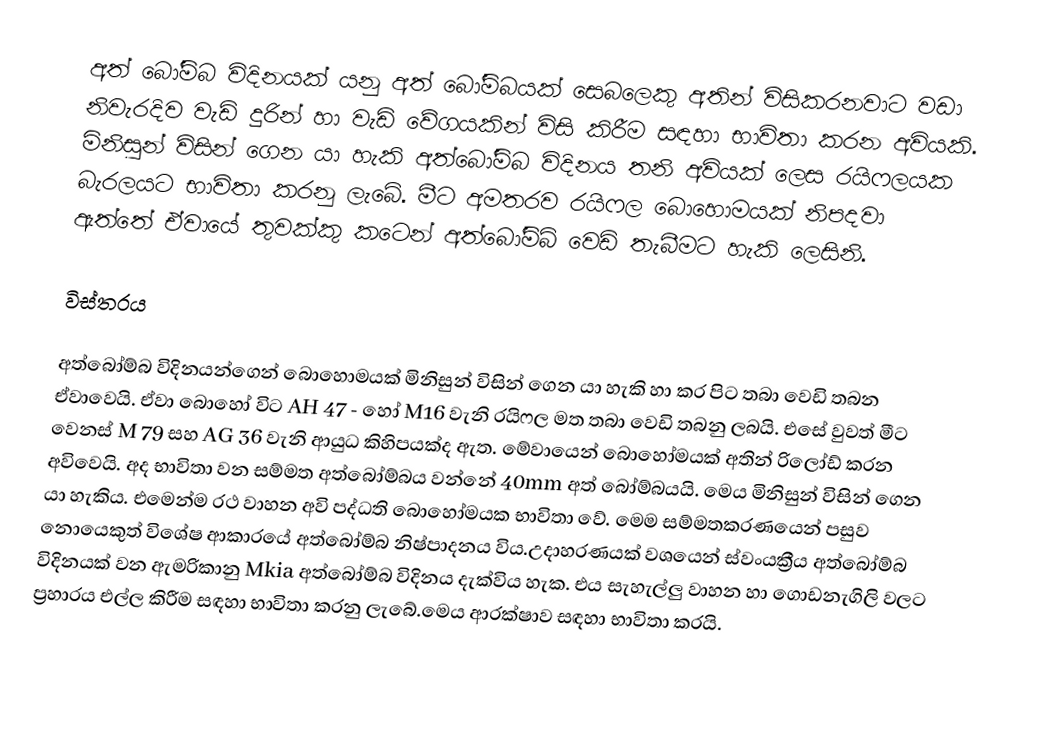
අත් බෝම්බ විදිනයක් යනු අත් බෝම්බයක් සෙබලෙකු අතින් විසිකරනවාට වඩා නිවැරදිව වැඩි දුරින් හා වැඩි ‍වේගයකින් විසි කිරීම සඳහා භාවිතා කරන අවියකි. මිනිසුන් විසින් ගෙන යා හැකි අත්බෝම්බ විදිනය තනි අවියක් ලෙස රයිෆලයක බැරලයට භාවිතා කරනු ලැබේ. මීට අමතරව රයිෆල බොහොමයක් නිපදවා ඇත්තේ ඒවායේ තුවක්කු කටෙන් අත්බෝම්බ් ‍වෙඩි තැබීමට හැකි ලෙසිනි.

විස්තරය

අත්බෝම්බ විදිනයන්ගෙන් බොහොමයක් මිනිසුන් විසින් ගෙන යා හැකි හා කර පිට තබා වෙඩි තබන ඒවාවෙයි. ඒවා බොහෝ විට AH 47 - හෝ M16 වැනි රයිෆල මත තබා වෙඩි තබනු ලබයි. එසේ වුවත් මීට වෙනස් M 79 සහ  AG 36 වැනි ආයුධ කිහිපයක්ද ඇත. මේවායෙන් ‍බොහෝමයක් අතින් රිලෝඩ් කරන අවිවෙයි. අද භාවිතා වන සම්මත අත්බෝම්බය වන්නේ  40mm අත් බෝම්බයයි. මෙය මිනිසුන් විසින් ගෙන යා හැකිය. එමෙන්ම රථ වාහන අවි පද්ධති බොහෝමයක භාවිතා වේ. මෙම සම්මතකරණයෙන් පසුව නොයෙකුත් විශේෂ ආකාරයේ අත්බෝම්බ නිෂ්පාදනය විය.උදාහරණයක් වශයෙන් ස්වංයක්‍රීය අත්බෝම්බ විදිනයක් වන ඇමරිකානු Mkia අත්බෝම්බ විදිනය දැක්විය හැක. එය සැහැල්ලු වාහන හා ගොඩනැගිලි වලට ප්‍රහාරය එල්ල කිරීම සඳහා භාවිතා කරනු ලැබේ.මෙය ආරක්ෂාව සඳහා භාවිතා කරයි.